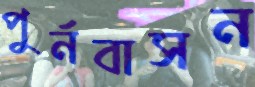
পুর্নবাসন